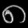
Digit: ၈